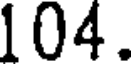
104.